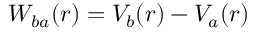
W _ { b a } ( r ) = V _ { b } ( r ) - V _ { a } ( r )